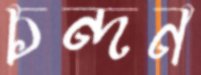
চন্দন